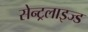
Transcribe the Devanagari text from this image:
सेन्ट्रलाइज्ड